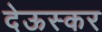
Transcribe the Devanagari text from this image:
देऊस्कर